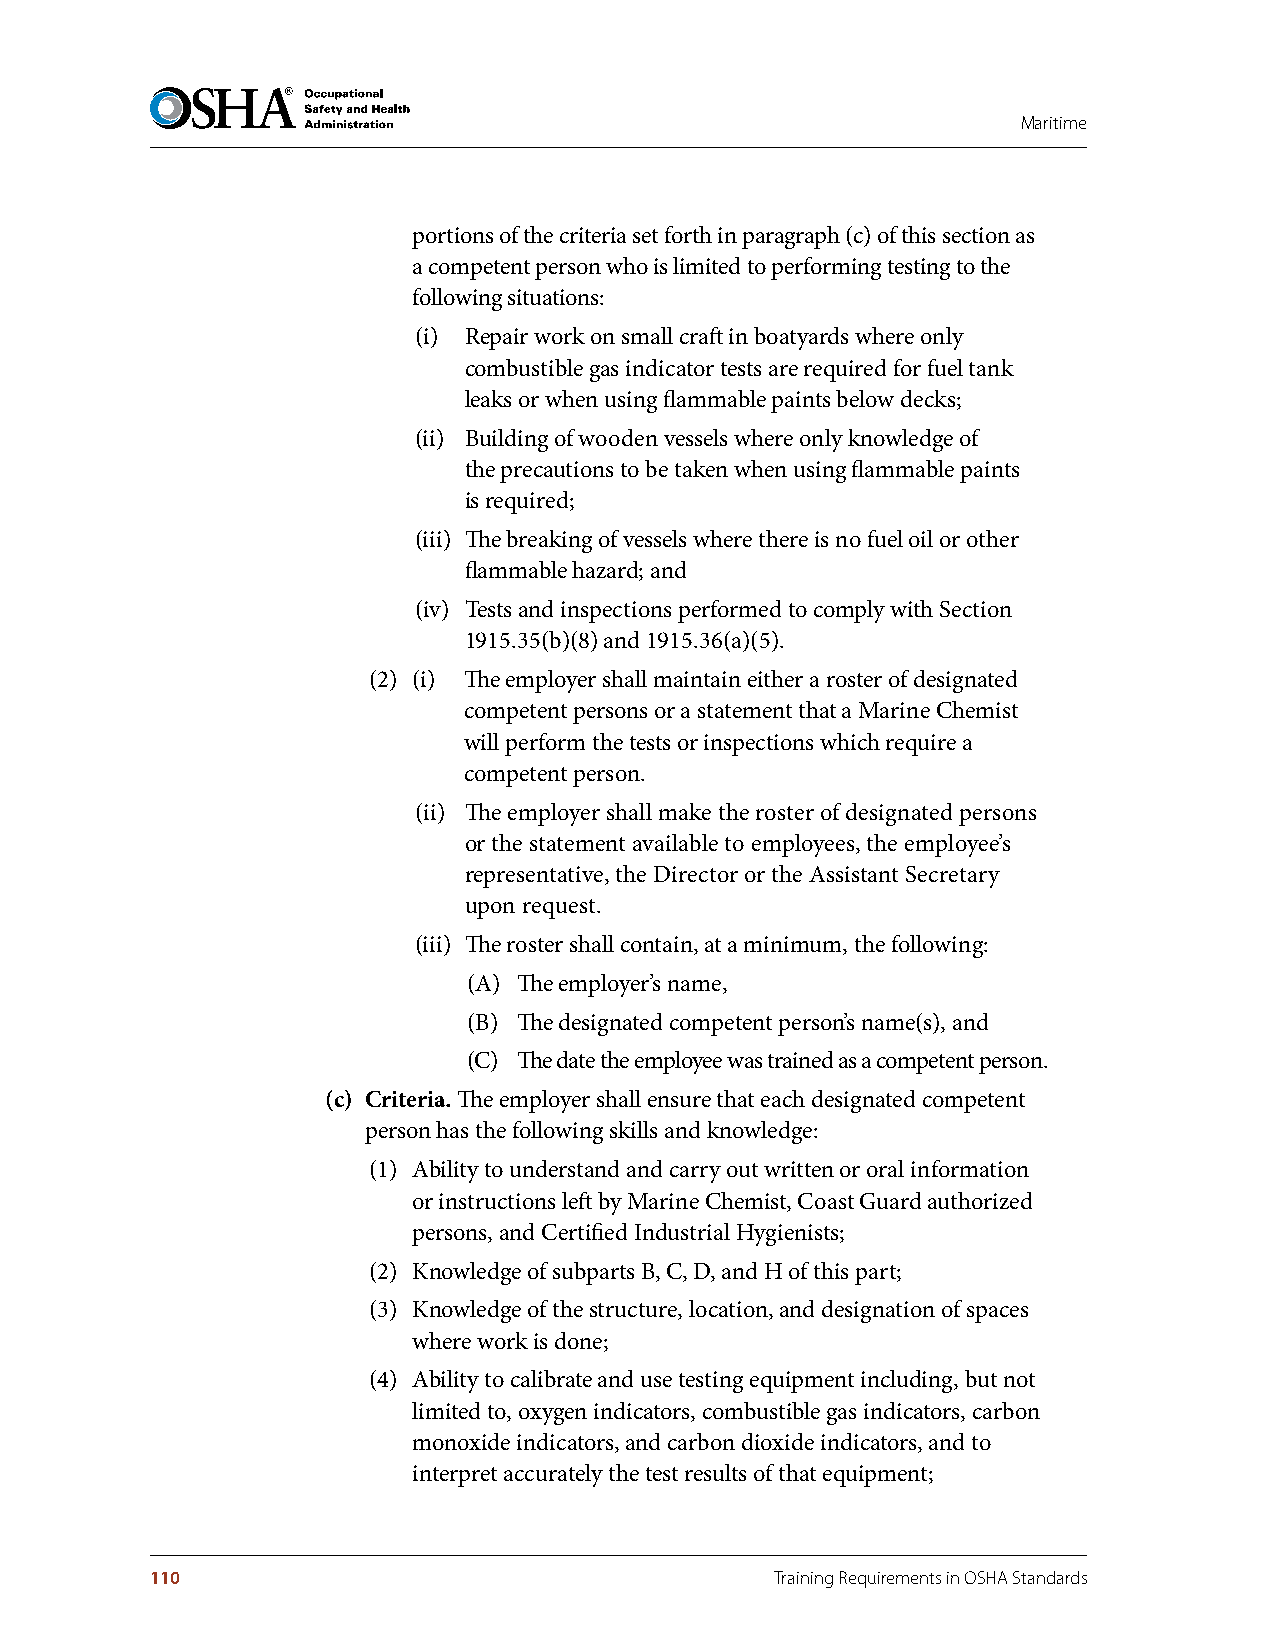
Maritime
 portions of the criteria set forth in paragraph (c) of this section as
 a competent person who is limited to performing testing to the
 following situations:
 (i) Repair work on small craft in boatyards where only
 combustible gas indicator tests are required for fuel tank
 leaks or when using flammable paints below decks;
 (ii) Building of wooden vessels where only knowledge of
 the precautions to be taken when using flammable paints
 is required;
 (iii) The breaking of vessels where there is no fuel oil or other
 flammable hazard; and
 (iv) Tests and inspections performed to comply with Section
 1915.35(b)(8) and 1915.36(a)(5).
 (2) (i) The employer shall maintain either a roster of designated
 competent persons or a statement that a Marine Chemist
 will perform the tests or inspections which require a
 competent person.
 (ii) The employer shall make the roster of designated persons
 or the statement available to employees, the employee’s
 representative, the Director or the Assistant Secretary
 upon request.
 (iii) The roster shall contain, at a minimum, the following:
 (A) The employer’s name,
 (B) The designated competent person’s name(s), and
 (C) The date the employee was trained as a competent person.
 (c) Criteria . The employer shall ensure that each designated competent
 person has the following skills and knowledge:
 (1) Ability to understand and carry out written or oral information
 or instructions left by Marine Chemist, Coast Guard authorized
 persons, and Certified Industrial Hygienists;
 (2) Knowledge of subparts B, C, D, and H of this part;
 (3) Knowledge of the structure, location, and designation of spaces
 where work is done;
 (4) Ability to calibrate and use testing equipment including, but not
 limited to, oxygen indicators, combustible gas indicators, carbon
 monoxide indicators, and carbon dioxide indicators, and to
 interpret accurately the test results of that equipment;
 110                                      Training Requirements in OSHA Standards